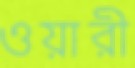
ওয়ারী